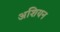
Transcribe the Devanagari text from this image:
अशियन